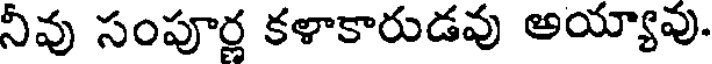
నీవు సంపూర్ణ కళాకారుడవు అయ్యావు.